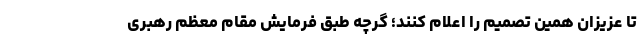
تا عزیزان همین تصمیم را اعلام کنند؛ گرچه طبق فرمایش مقام معظم رهبری